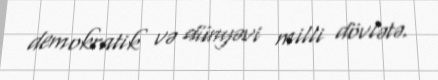
demokratik və dünyəvi milli dövlətə.